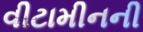
વીટામીનની